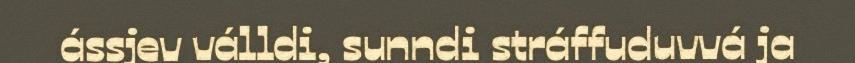
ássjev válldi, sunndi stráffuduvvá ja